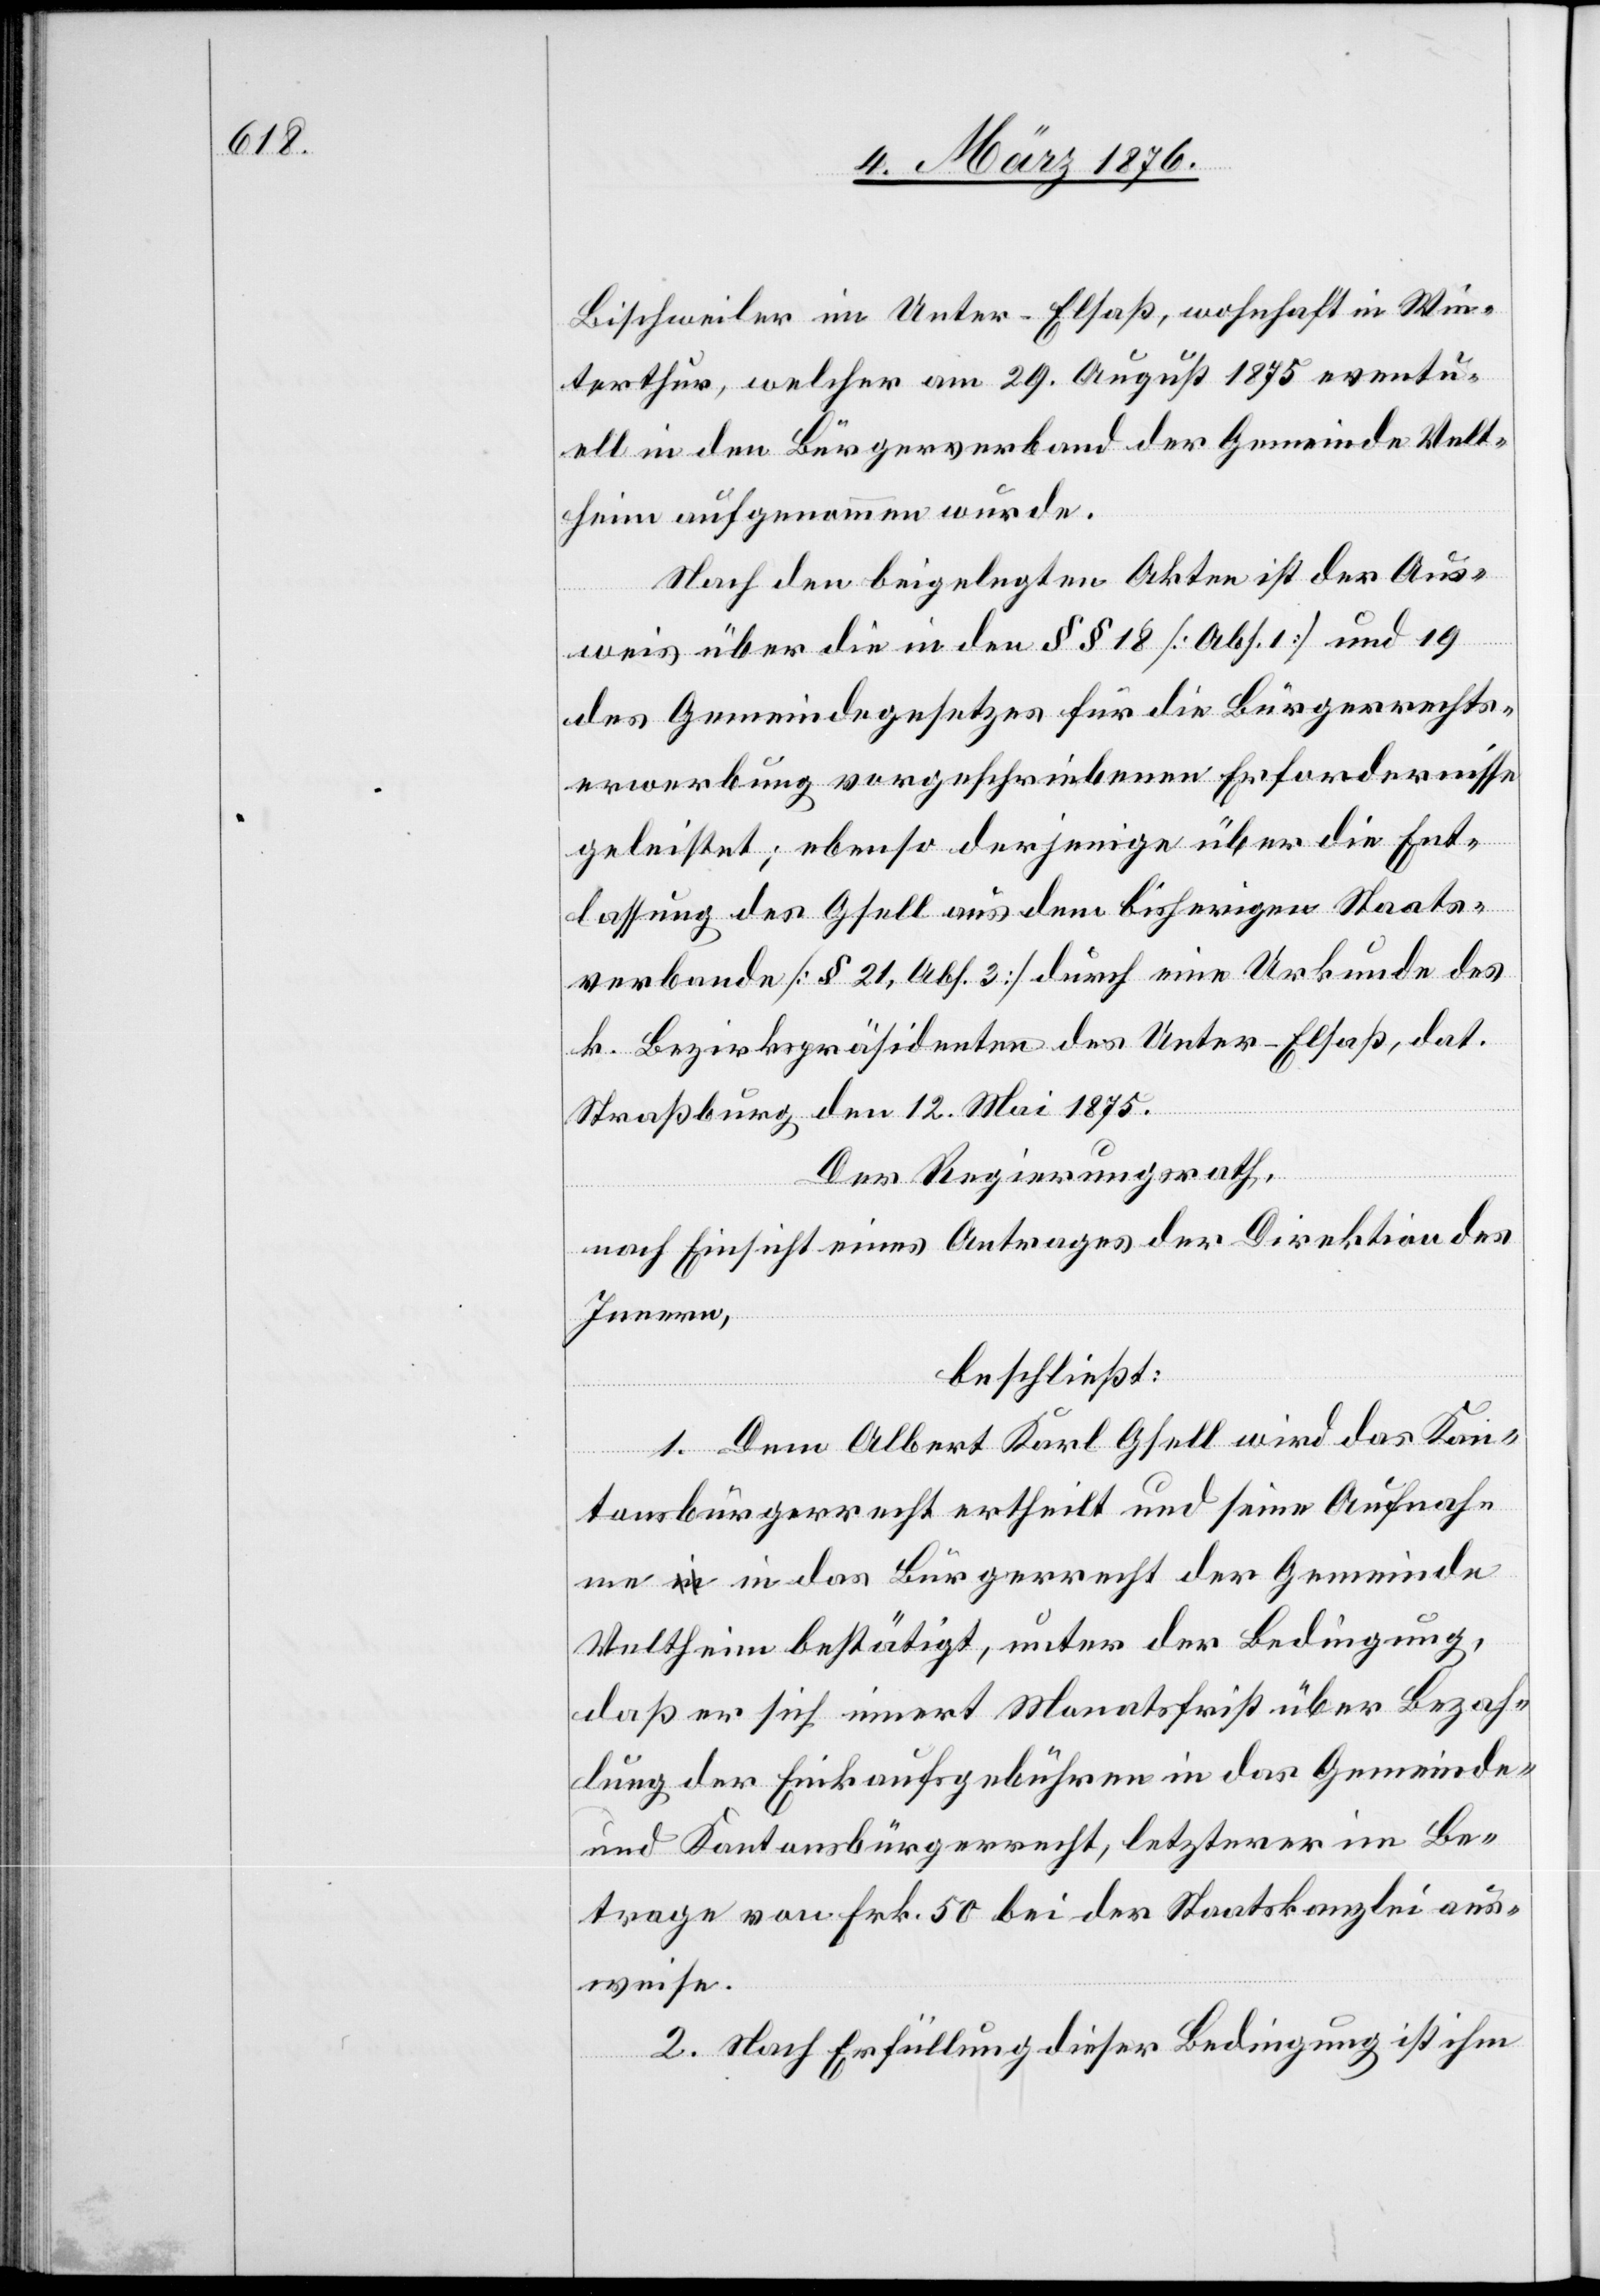
Bischweiler im Unter-Elsaß, wohnhaft in Win¬
terthur, welcher am 29. August 1875 eventu¬
ell in den Bürgerverband der Gemeinde Velt¬
heim aufgenommen wurde.
Nach den beigelegten Akten ist der Aus¬
weis über die in den §§ 18 [Abs. 1] und 19
des Gemeindegesetzes für die Bürgerrechts¬
erwerbung vorgeschriebenen Erfordernisse
geleistet; ebenso derjenige über die Ent¬
lassung des Gsell aus dem bisherigen Staats¬
verbande [§ 21, Abs. 3] durch eine Urkunde des
k. Bezirkspräsidenten des Unter-Elsaß, dat.
Straßburg den 12. Mai 1875.
Der Regierungsrath,
nach Einsicht eines Antrages der Direktion des
Innern,
beschließt:
1. Dem Albert Karl Gsell wird das Kan¬
tonsbürgerrecht ertheilt und seine Aufnah¬
me in das Bürgerrecht der Gemeinde
Veltheim bestätigt, unter der Bedingung,
daß er sich innert Monatsfrist über Bezah¬
lung der Einkaufgebühren in das Gemeinde-
und Kantonsbürgerrecht, letzterer im Be¬
trage von Frk. 50 bei der Staatskanzlei aus¬
weise.
2. Nach Erfüllung dieser Bedingung ist ihm